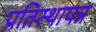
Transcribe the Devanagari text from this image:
प्रतिस्थापन्न